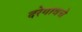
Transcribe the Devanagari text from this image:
दरेगावचे